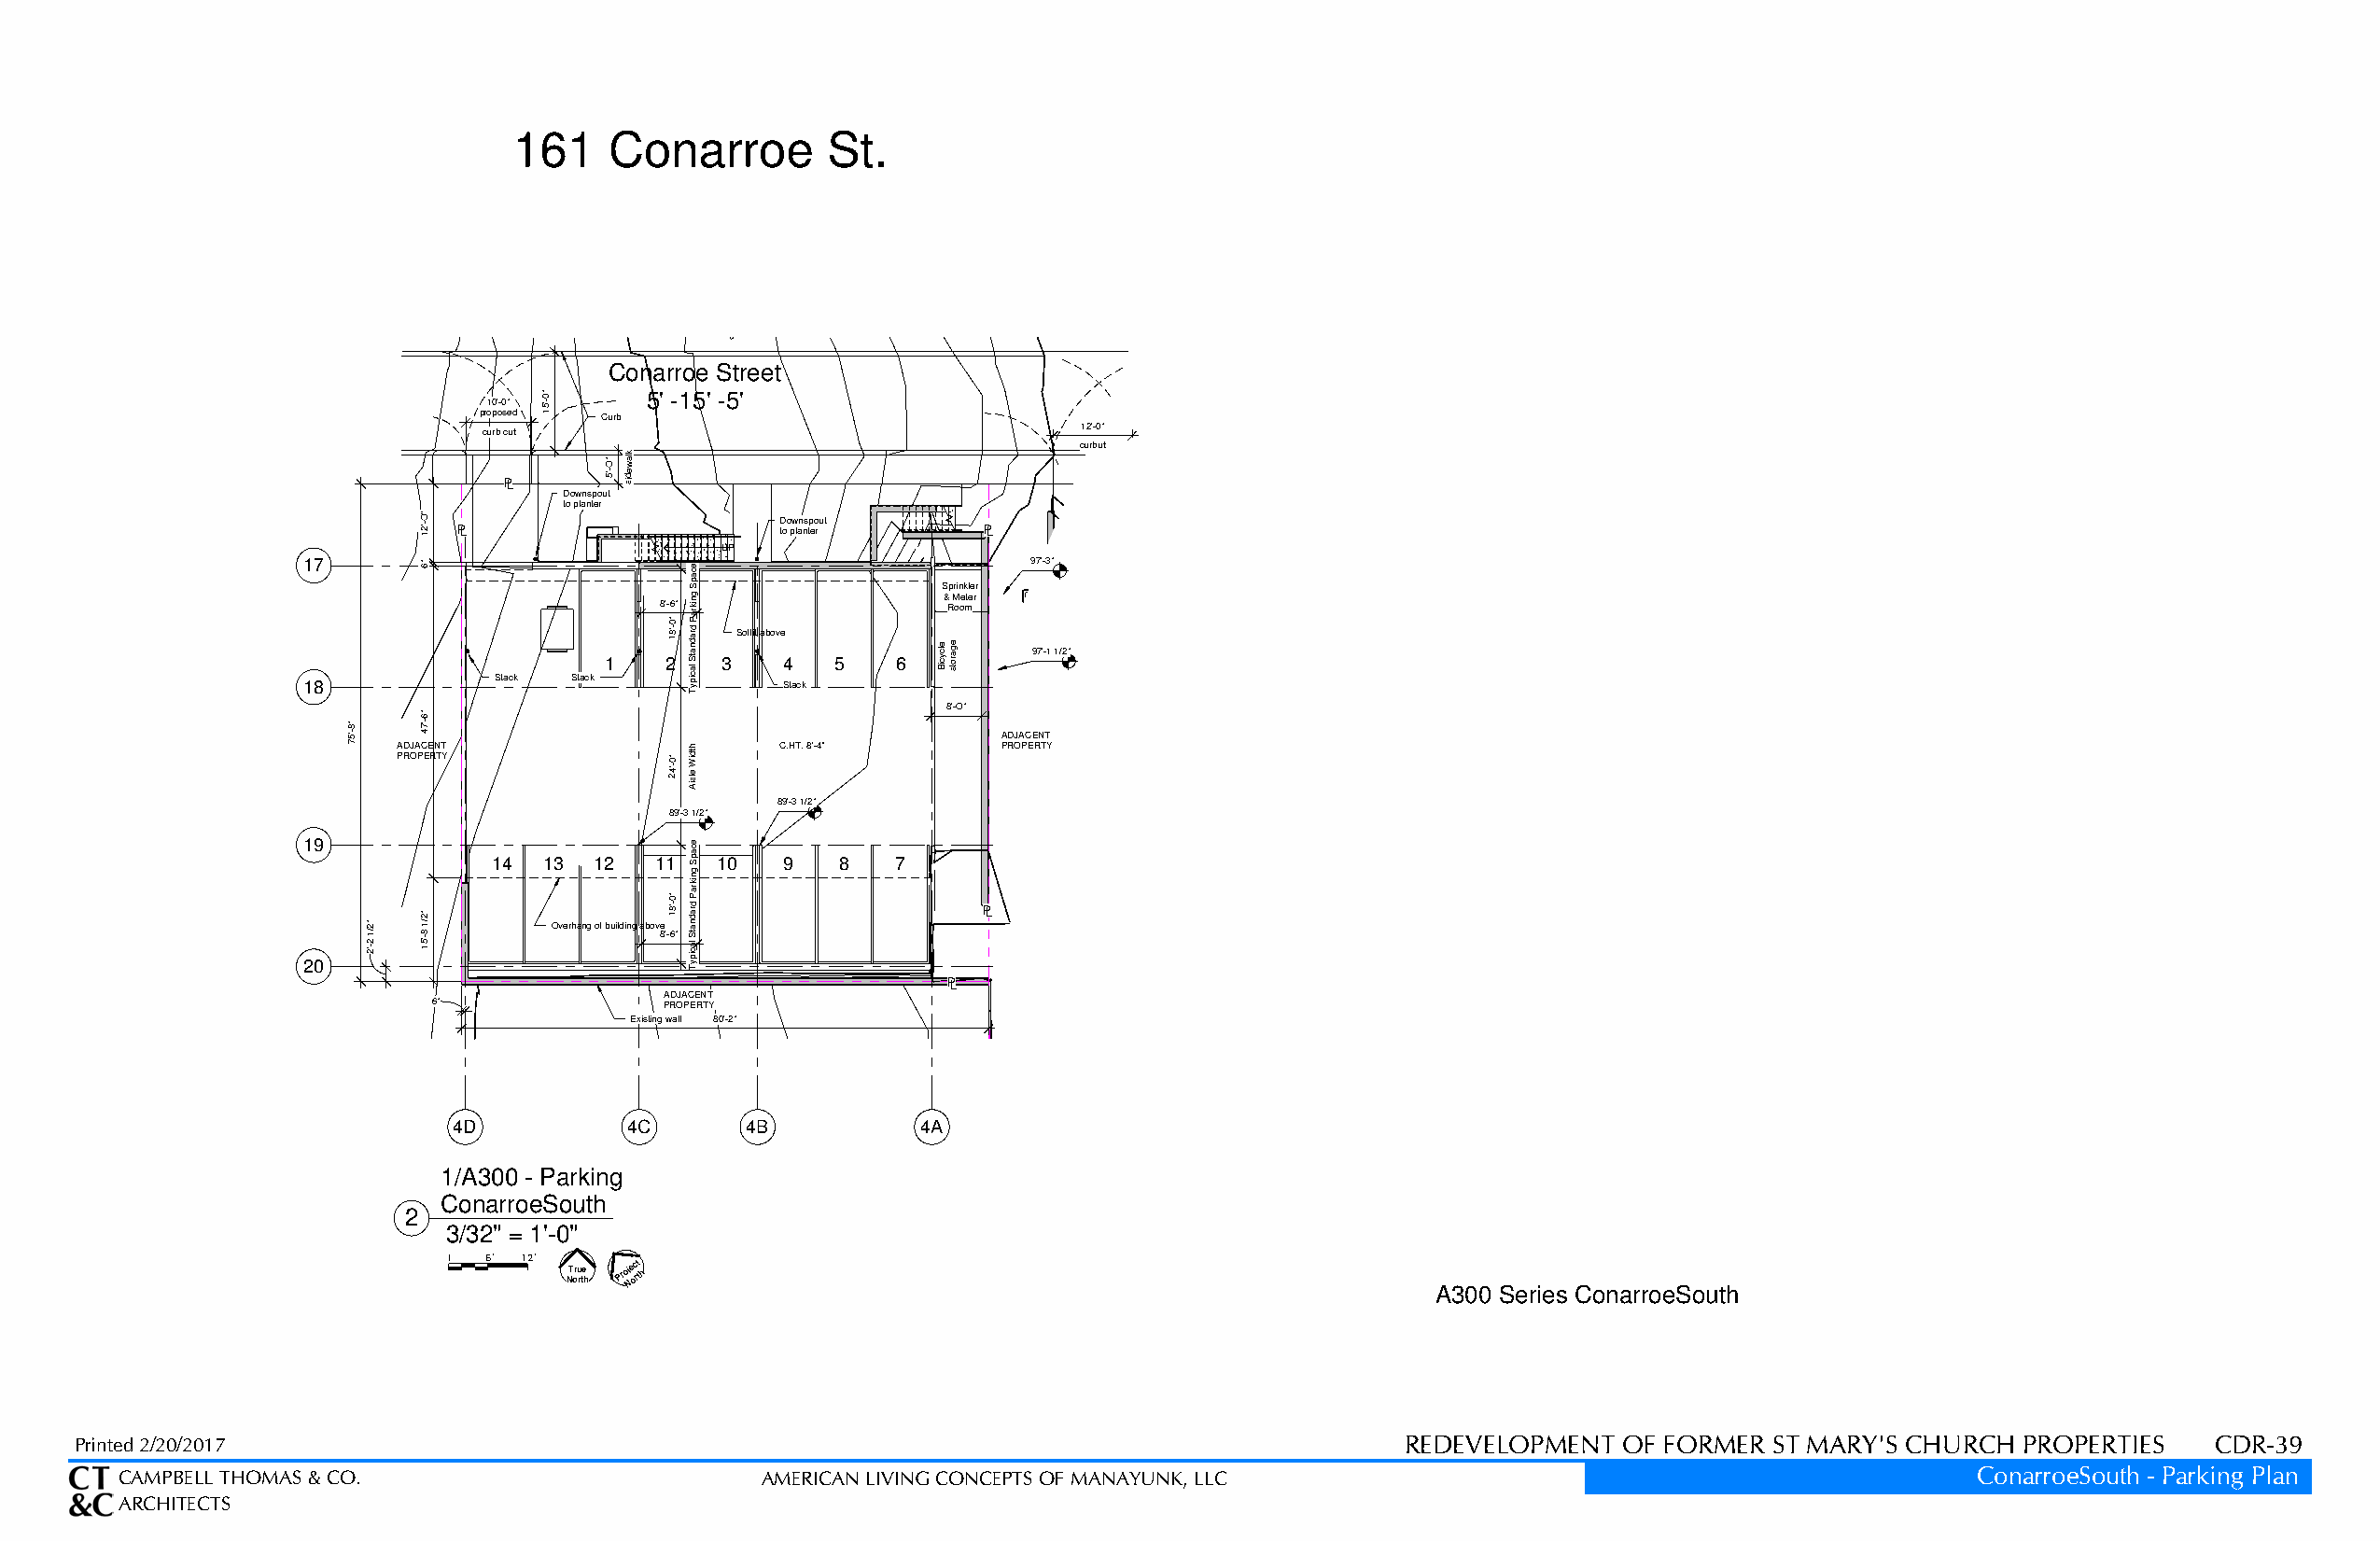
161    Conarroe        St.
 Conarroe Street
 pr1 o0 p' o-0 s"
 ed
 '-" 150
 Curb
 5' -15' -5'
 12'-0"
 curb cut
 curbut
 "O
 lk
 aw
 PL
 '-5 isde
 Downspout
 to planter
 ' '' - 12O PL            D too pw lan ns tp eo rut PL
 UP
 17      "6                 pac Se
 Sprinkler
 97'-3"
 18           Stack Stack
 1
 8 ' 2-
 '-"
 1806"
 il
 t
 yc pa
 Tr
 a
 Snda
 i r dkn ag
 P
 3
 S o ff it a b o v e
 S4
 ta c k
 5    6
 & R M ooe mter
 97'-1 1/2"
 8'-O"
 '-" 758
 A PD RJ OA
 P'-" 476
 C EE RN TT Y     '-" 240
 l
 i
 it
 se
 Adh W C.HT. 8'-4"
 A PD RJ OA PC EE RN TT
 Y
 89'-3 1/2"
 89'-3 1/2"
 19
 14  13 12  11
 pac Se
 10   9   8   7
 20
 '
 -/ 2" 212
 '
 -/ 18" 512 Overhang of building above
 8'-'-" 180
 6"
 il
 t
 yc pa
 Tr a Snda
 i
 r
 dkn ag
 P
 PL
 PL
 ADJACENT
 6"              PROPERTY
 Existing wall 80'-2"
 4D           4C      4B          4A
 1/A300 - Parking
 ConarroeSouth
 2
 3/32" = 1'-0"
 0000 6666'''' 11112222'''' NT oru rte
 h
 Proj Ne oc rt th
 A300 Series ConarroeSouth
 Printed 2/20/2017                                                                              REDEVELOPMENT  OF FORMER  ST MARY'S CHURCH  PROPERTIES   CDR-39
 CAMPBELL THOMAS & CO.                         AMERICAN LIVING CONCEPTS OF MANAYUNK, LLC                                             ConarroeSouth - Parking Plan
 ARCHITECTS
 elcyciB egarots